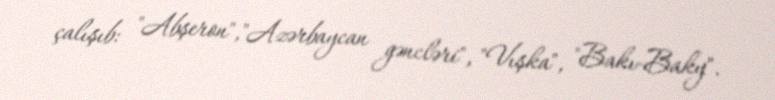
çalışıb: "Abşeron","Azərbaycan gəncləri", "Vışka", "Bakı-Baky".